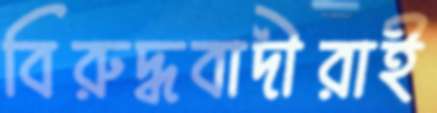
বিরুদ্ধবাদীরাই